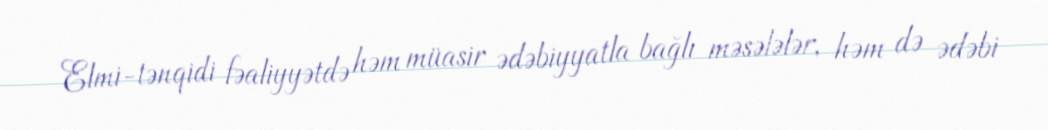
Elmi-tənqidi fəaliyyətdə həm müasir ədəbiyyatla bağlı məsələlər, həm də ədəbi